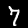
Digit: 7